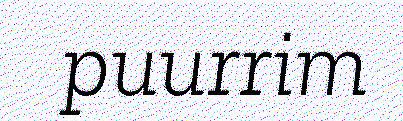
puurrim